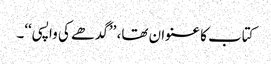
کتاب کا عنوان تھا، ’’گدھے کی واپسی‘‘۔